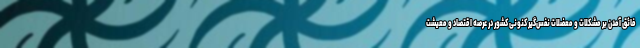
فائق آمدن بر مشکلات و معضلات نفس‌گیر کنونی کشور در عرصه اقتصاد و معیشت